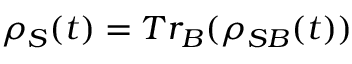
\rho _ { S } ( t ) = T r _ { B } ( \rho _ { S B } ( t ) )